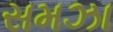
સમઝા